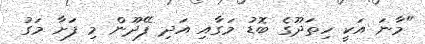
"މާނަ އަކީ ހިތަދޫގެ ބޮޑު މަގާއި އަދި ފޭދޫން މި ފަށާ މަގު